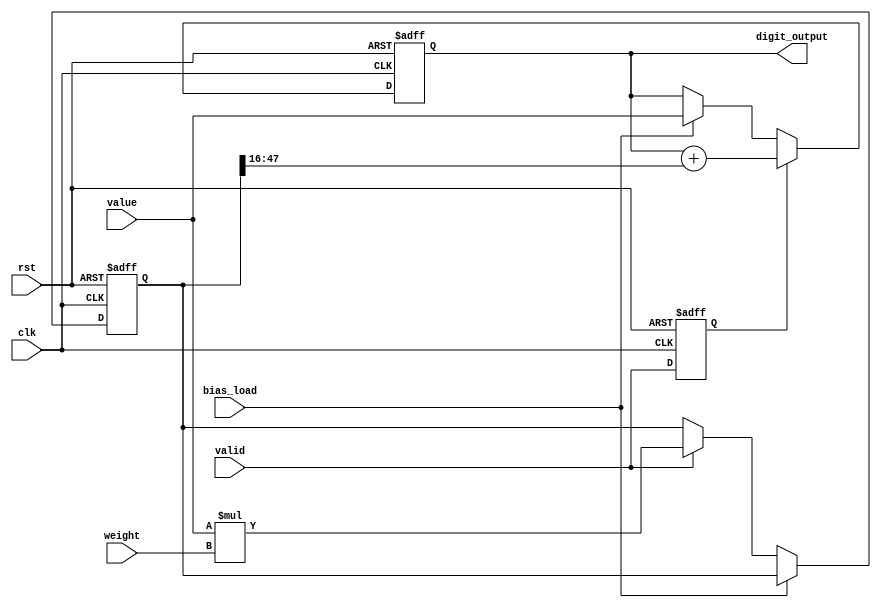
module neuron_layer2 (
	input clk,
	input rst,
	input valid,
	input bias_load,
	input signed [31:0] value,
	input signed [31:0] weight,
	output signed [31:0] digit_output
);

	reg signed [31:0] sum;
	reg signed [63:0] prod;
	reg valid2;
	
	always @(posedge clk or posedge rst) begin
		if (rst) begin
			sum <= 32'sb0;
			prod <= 64'sb0;
			valid2 <= 1'b0;
		end
		
		else begin
			valid2 <= valid;
			
			if (bias_load) begin
				sum <= value;
			end
			
			else if (valid) begin
				prod <= value * weight;
			end
			
			if (valid2) begin
				sum <= sum + prod[47:16];
			end
		end
	end
	
	assign digit_output = sum; 

endmodule